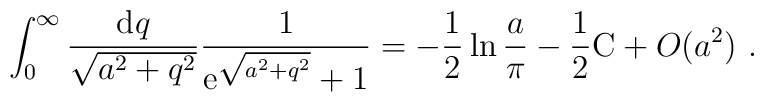
\int_0^{\infty} \frac{{\rm d}q}{\sqrt{a^2+q^2}}\frac{1}{{\rm e}^{\sqrt{a^2+q^2}}+1} = -\frac{1}{2}\ln \frac{a}{\pi}-\frac{1}{2} {\rm C}+ O(a^2) \ .